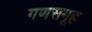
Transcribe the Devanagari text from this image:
गणसमूह